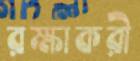
রক্ষাকরী